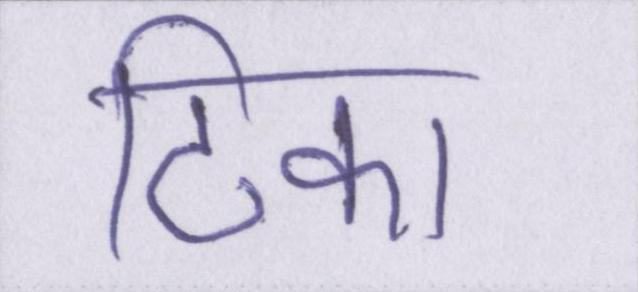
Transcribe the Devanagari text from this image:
टिका